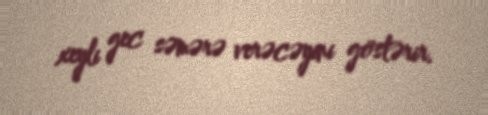
xeyli gec səmərə verəcəyini göstərir.